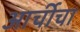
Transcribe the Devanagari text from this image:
आर्चीचा